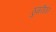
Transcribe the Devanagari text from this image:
ठुमरीवर